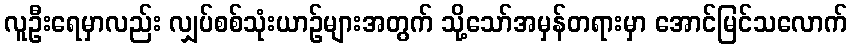
လူဦးရေမှာလည်း လျှပ်စစ်သုံးယာဉ်များအတွက် သို့သော်အမှန်တရားမှာ အောင်မြင်သလောက်